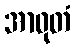
အာဓုတံ